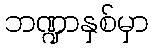
ဘဏ္ဍာနှစ်မှာ